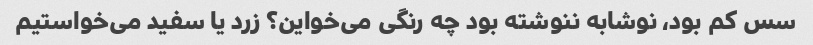
سس کم بود، نوشابه ننوشته بود چه رنگی می‌خواین؟ زرد یا سفید می‌خواستیم